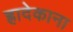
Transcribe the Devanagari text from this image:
ह्रादेकाना